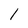
Character: l